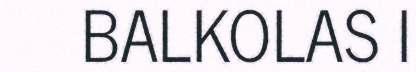
BALKOLAS I